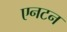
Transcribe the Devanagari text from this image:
एनटन